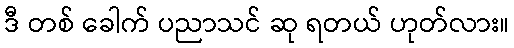
ဒီ တစ် ခေါက် ပညာသင် ဆု ရတယ် ဟုတ်လား။